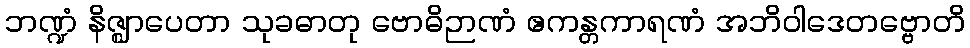
ဘဏ္ဍံ နိဇ္ဈာပေတာ သုခဓာတု ဗောဓိဉာဏံ ဧကန္တကာရဏံ အဘိဝါဒေတဗ္ဗောတိ